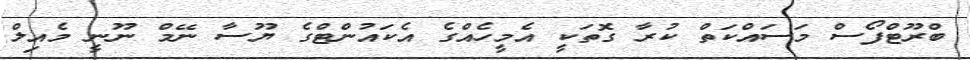
ބްރޫޓްފޯސް މަސައްކަތް ކުރާ ގޮތަކީ އެމީހެއްގެ އެކައުންޓްގެ ޔޫސާ ނޭމް ނޫނީ މެއިލް